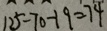
1 2 5 - 7 0 - 1 9 = 7 4